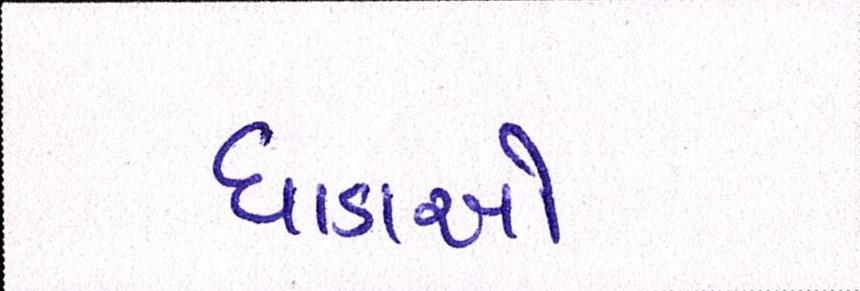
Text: ધાડાઓ